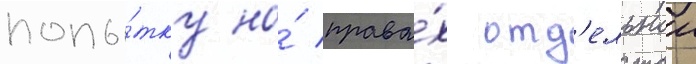
попы́тку на́ права́х отд'ельнои